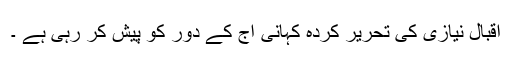
اقبال نیازی کی تحریر کردہ کہانی آج کے دور کو پیش کر رہی ہے ۔